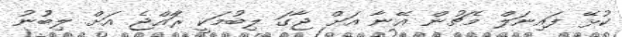
ކުޅޭ ފައިނަލް މެޗުން އޭނާ އަށް ޖާގަ ލިބުމަކީ ރަާއްޖެ އަށް ލިބުުނު